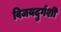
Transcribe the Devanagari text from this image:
विजयदुर्गशी